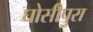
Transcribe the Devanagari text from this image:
घोसीपुरा